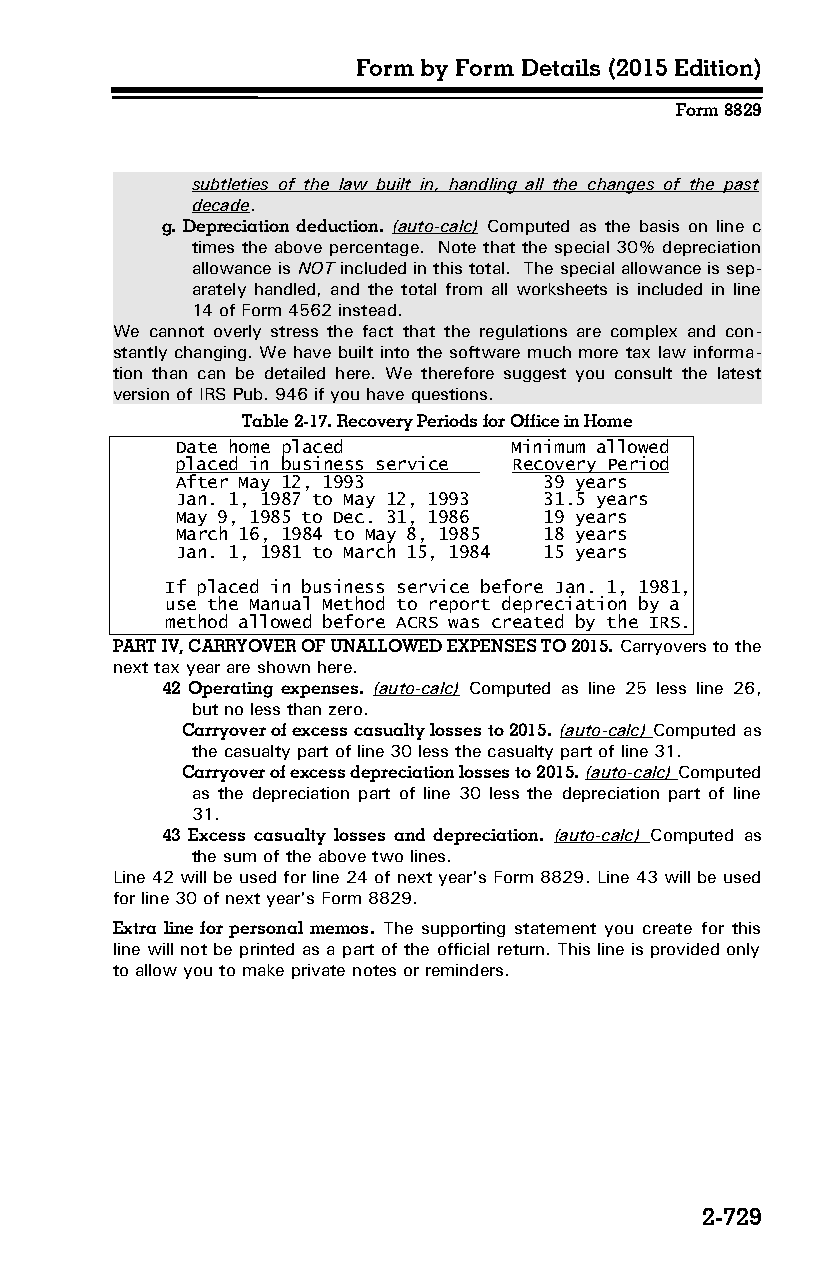
Form by Form Details (2015 Edition)
 Form 8829
 subtleties of the law built in, handling all the changes of the past
 decade.
 g. Depreciation deduction. (auto-calc) Computed as the basis on line c
 times the above percentage. Note that the special 30% depreciation
 allowance is NOT included in this total. The special allowance is sep­
 arately handled, and the total from all worksheets is included in line
 14 of Form 4562 instead.
 We cannot overly stress the fact that the regulations are complex and con­
 stantly changing. We have built into the software much more tax law informa­
 tion than can be detailed here. We therefore suggest you consult the latest
 version of IRS Pub. 946 if you have questions.
 Table 2-17. Recovery Periods for Office in Home
 Date home placed      Minimum allowed
 placed in business service Recovery Period
 After May 12, 1993      39 years
 Jan. 1, 1987 to May 12, 1993 31.5 years
 May 9, 1985 to Dec. 31, 1986 19 years
 March 16, 1984 to May 8, 1985 18 years
 Jan. 1, 1981 to March 15, 1984 15 years
 If placed in business service before Jan. 1, 1981,
 use the Manual Method to report depreciation by a
 method allowed before ACRS was created by the IRS.
 PART IV, CARRYOVER OF UNALLOWED EXPENSES TO 2015. Carryovers to the
 next tax year are shown here.
 42 Operating expenses. (auto-calc) Computed as line 25 less line 26,
 but no less than zero.
 Carryover of excess casualty losses to 2015. (auto-calc) Computed as
 the casualty part of line 30 less the casualty part of line 31.
 Carryover of excess depreciation losses to 2015. (auto-calc) Computed
 as the depreciation part of line 30 less the depreciation part of line
 31.
 43 Excess casualty losses and depreciation. (auto-calc) Computed as
 the sum of the above two lines.
 Line 42 will be used for line 24 of next year's Form 8829. Line 43 will be used
 for line 30 of next year's Form 8829.
 Extra line for personal memos. The supporting statement you create for this
 line will not be printed as a part of the official return. This line is provided only
 to allow you to make private notes or reminders.
 2-729